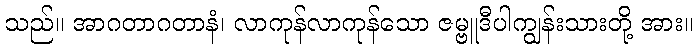
သည်။ အာဂတာဂတာနံ၊ လာကုန်လာကုန်သော ဇမ္ဗူဒီပါကျွန်းသားတို့ အား။